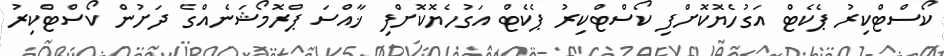
ކޯސްޓްކިރު ޕެކެޓް އަގުހެޔޮކޮށްފި ކޯސްޓްކިރު ޕެކެޓް އަގުހެޔޮކޮށްފި ޚާއްސަ ޕްރޮމޯޝަނެއްގެ ދަށުން ކޯސްޓްކިރު